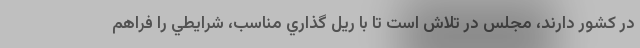
در كشور دارند، مجلس در تلاش است تا با ريل گذاري مناسب، شرايطي را فراهم